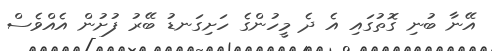
އޭނާ ބުނި ގޮތުގައި އެ ދެ މީހުންގެ ހަށިގަނޑު ބޭރު ފުށުން އެއްވެސް